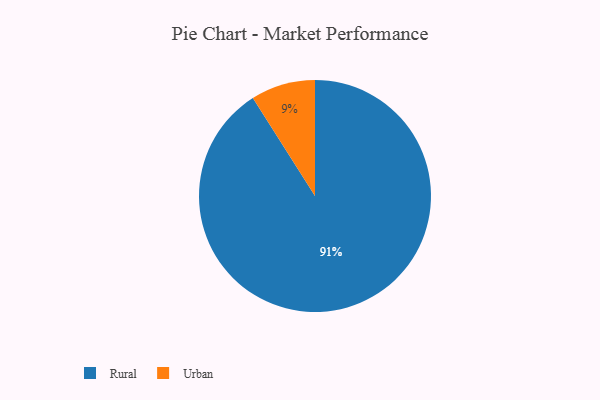
{"axis": {"x": "Category", "y": "Percentage"}, "legend": ["Rural", "Urban"], "data": [{"x": "Urban", "y": 9, "type": "Urban"}, {"x": "Rural", "y": 91, "type": "Rural"}]}